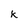
Character: k